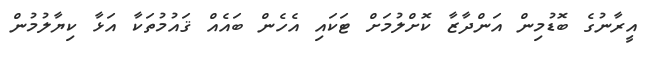
އީރާނުގެ ބޮޑުމިން އަންދާޒާ ކޮށްލުމަށް ޓަކައި އެހެން ބައެއް ޤައުމުތަކާ އަޅާ ކިޔާލުމުން